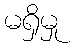
မရှိမှု